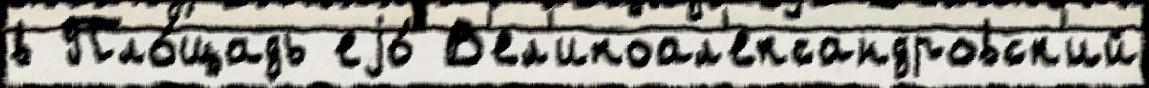
в Пло́щадь еjо́ В'ел'икоал'ександровск'ий